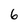
Character: 6